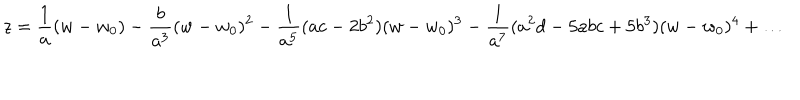
LaTeX: z = \frac { 1 } { a } ( w - w _ { 0 } ) - \frac { b } { a ^ { 3 } } ( w - w _ { 0 } ) ^ { 2 } - \frac { 1 } { a ^ { 5 } } ( a c - 2 b ^ { 2 } ) ( w - w _ { 0 } ) ^ { 3 } - \frac { 1 } { a ^ { 7 } } ( a ^ { 2 } d - 5 a b c + 5 b ^ { 3 } ) ( w - w _ { 0 } ) ^ { 4 } + \ldots